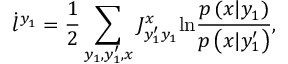
\dot { l } ^ { y _ { 1 } } = \frac { 1 } { 2 } \sum _ { y _ { 1 } , y _ { 1 } ^ { \prime } , x } J _ { y _ { 1 } ^ { \prime } y _ { 1 } } ^ { x } \mathrm { l n } \frac { p \left( x | y _ { 1 } \right) } { p \left( x | y _ { 1 } ^ { \prime } \right) } ,